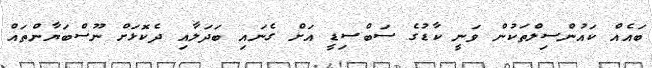
ބައެއް ކައުންސިލްތަކުން ވަނީ ކާޑުގެ ސަބްސިޑީ އަށް ގެނައި ބަދަލާއި ދެކޮޅަށް ނޫސްބަޔާންތައް